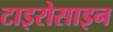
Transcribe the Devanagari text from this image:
टाइरोसाइन